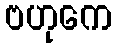
ဗဟုကေ